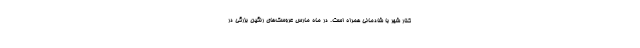
کنار شهر با شادمانی همراه است. در ماه مارس عروسک‌های رنگین بزرگی در